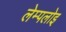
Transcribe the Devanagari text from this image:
लेम्पलोइ